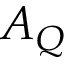
A _ { Q }